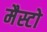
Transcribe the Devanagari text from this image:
मैस्टो